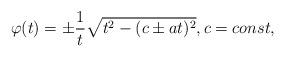
LaTeX: \begin{align*} \varphi(t) = \pm \frac{1}{t} \sqrt{t^2 - (c \pm a t)^2}, c = const,\end{align*}